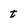
Character: t